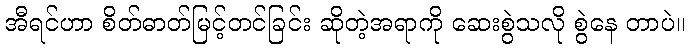
အီရင်ဟာ စိတ်ဓာတ်မြင့်တင်ခြင်း ဆိုတဲ့အရာကို ဆေးစွဲသလို စွဲနေ တာပဲ။